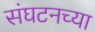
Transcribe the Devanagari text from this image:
संघटनच्या